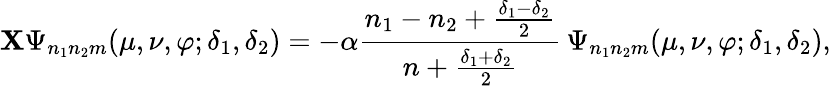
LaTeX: \mathbf{X}\Psi_{n_{1}n_{2}m}(\mu,\nu,\varphi;\delta_{1},\delta_{2})=-\alpha\frac{{n_{1}-n_{2}+\frac{{\delta_{1}-\delta_{2}}}{{2}}}}{{n+\frac{{\delta_{1}+\delta_{2}}}{{2}}}}\, \Psi_{n_{1}n_{2}m}(\mu,\nu,\varphi;\delta_{1},\delta_{2}),